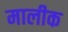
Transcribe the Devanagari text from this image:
मालीक